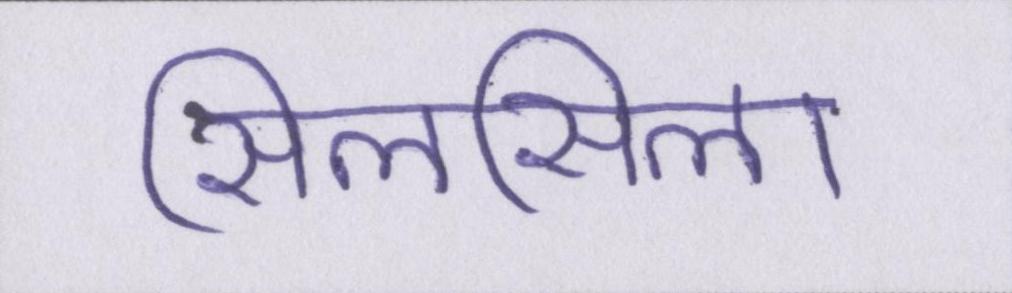
सिलसिला